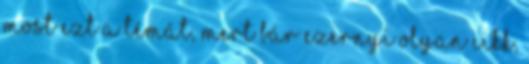
most ezt a témát, mert bár ezernyi olyan cikk,